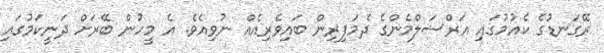
ރޭގަނޑުގެ ކެއުމުގައި އަރްސަލްމެންގެ ދެމަފިރިން ބައިވެރިއެއް ނުވިއެވެ. އެ މީހުން ބޭރަށް ދަނީކަމުގައި